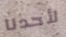
لأحدنا